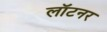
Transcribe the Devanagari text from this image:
लॉटनर